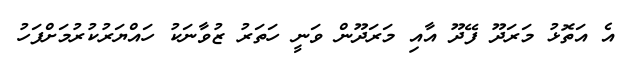
އެ އަތޮޅު މަރަދޫ ފޭދޫ އާއި މަރަދޫން ވަނީ ހަތަރު ޒުވާނަކު ހައްޔަރުކުރުމަށްފަހު